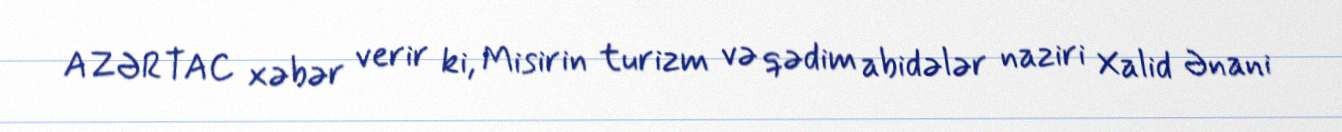
AZƏRTAC xəbər verir ki, Misirin turizm və qədim abidələr naziri Xalid Ənani